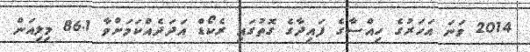
2014 ވަނަ އަހަރުގެ ހިއްސާގެ ފައިދާގެ ގޮތުގައި ރެކޯޑް އަދަދެއްކަމަށްވާ 86.1 މިލިއަން